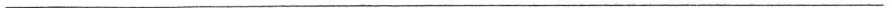
___